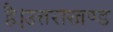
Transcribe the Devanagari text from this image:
है।उत्तराखण्ड